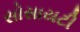
સોસાયટી